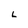
Character: L